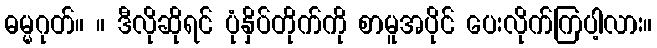
ဓမ္မဂုတ်။ ။ ဒီလိုဆိုရင် ပုံနှိပ်တိုက်ကို စာမူအပိုင် ပေးလိုက်ကြပါ့လား။